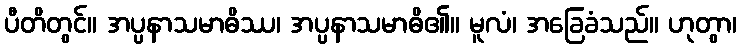
ပီတိတွင်။ အပ္ပနာသမာဓိဿ၊ အပ္ပနာသမာဓိ၏။ မူလံ၊ အခြေခံသည်။ ဟုတွာ၊